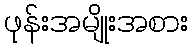
ဖုန်းအမျိုးအစား